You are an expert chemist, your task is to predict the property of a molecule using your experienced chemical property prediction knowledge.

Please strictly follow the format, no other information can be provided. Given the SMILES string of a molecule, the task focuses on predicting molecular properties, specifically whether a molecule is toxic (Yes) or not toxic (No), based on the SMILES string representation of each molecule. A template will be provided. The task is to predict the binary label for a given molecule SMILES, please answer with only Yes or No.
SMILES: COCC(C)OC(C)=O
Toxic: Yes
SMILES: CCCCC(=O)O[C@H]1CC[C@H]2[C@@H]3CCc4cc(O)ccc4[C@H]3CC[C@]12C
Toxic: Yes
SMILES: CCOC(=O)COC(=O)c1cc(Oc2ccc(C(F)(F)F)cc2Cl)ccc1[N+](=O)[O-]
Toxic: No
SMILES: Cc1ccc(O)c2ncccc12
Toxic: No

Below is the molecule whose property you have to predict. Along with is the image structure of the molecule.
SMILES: COC1=CC(=O)O[C@@H](/C=C/c2ccccc2)C1
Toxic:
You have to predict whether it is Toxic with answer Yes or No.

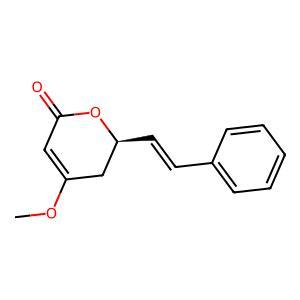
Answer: No